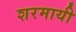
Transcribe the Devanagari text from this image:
शरमायी